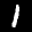
Label: 1